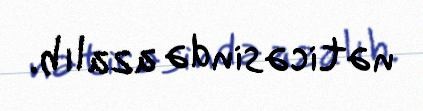
nəticəsində azalıb.